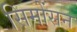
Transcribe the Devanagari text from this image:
सिमोंसन